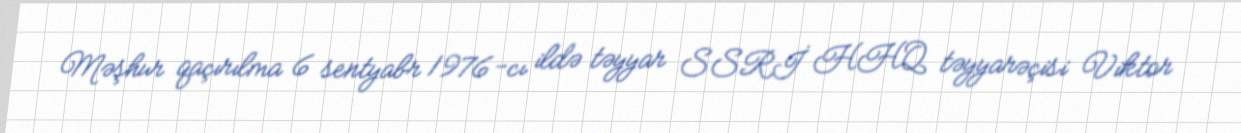
Məşhur qaçırılma 6 sentyabr 1976-cı ildə təyyar SSRİ HHQ təyyarəçisi Viktor